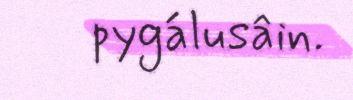
pygálusâin.